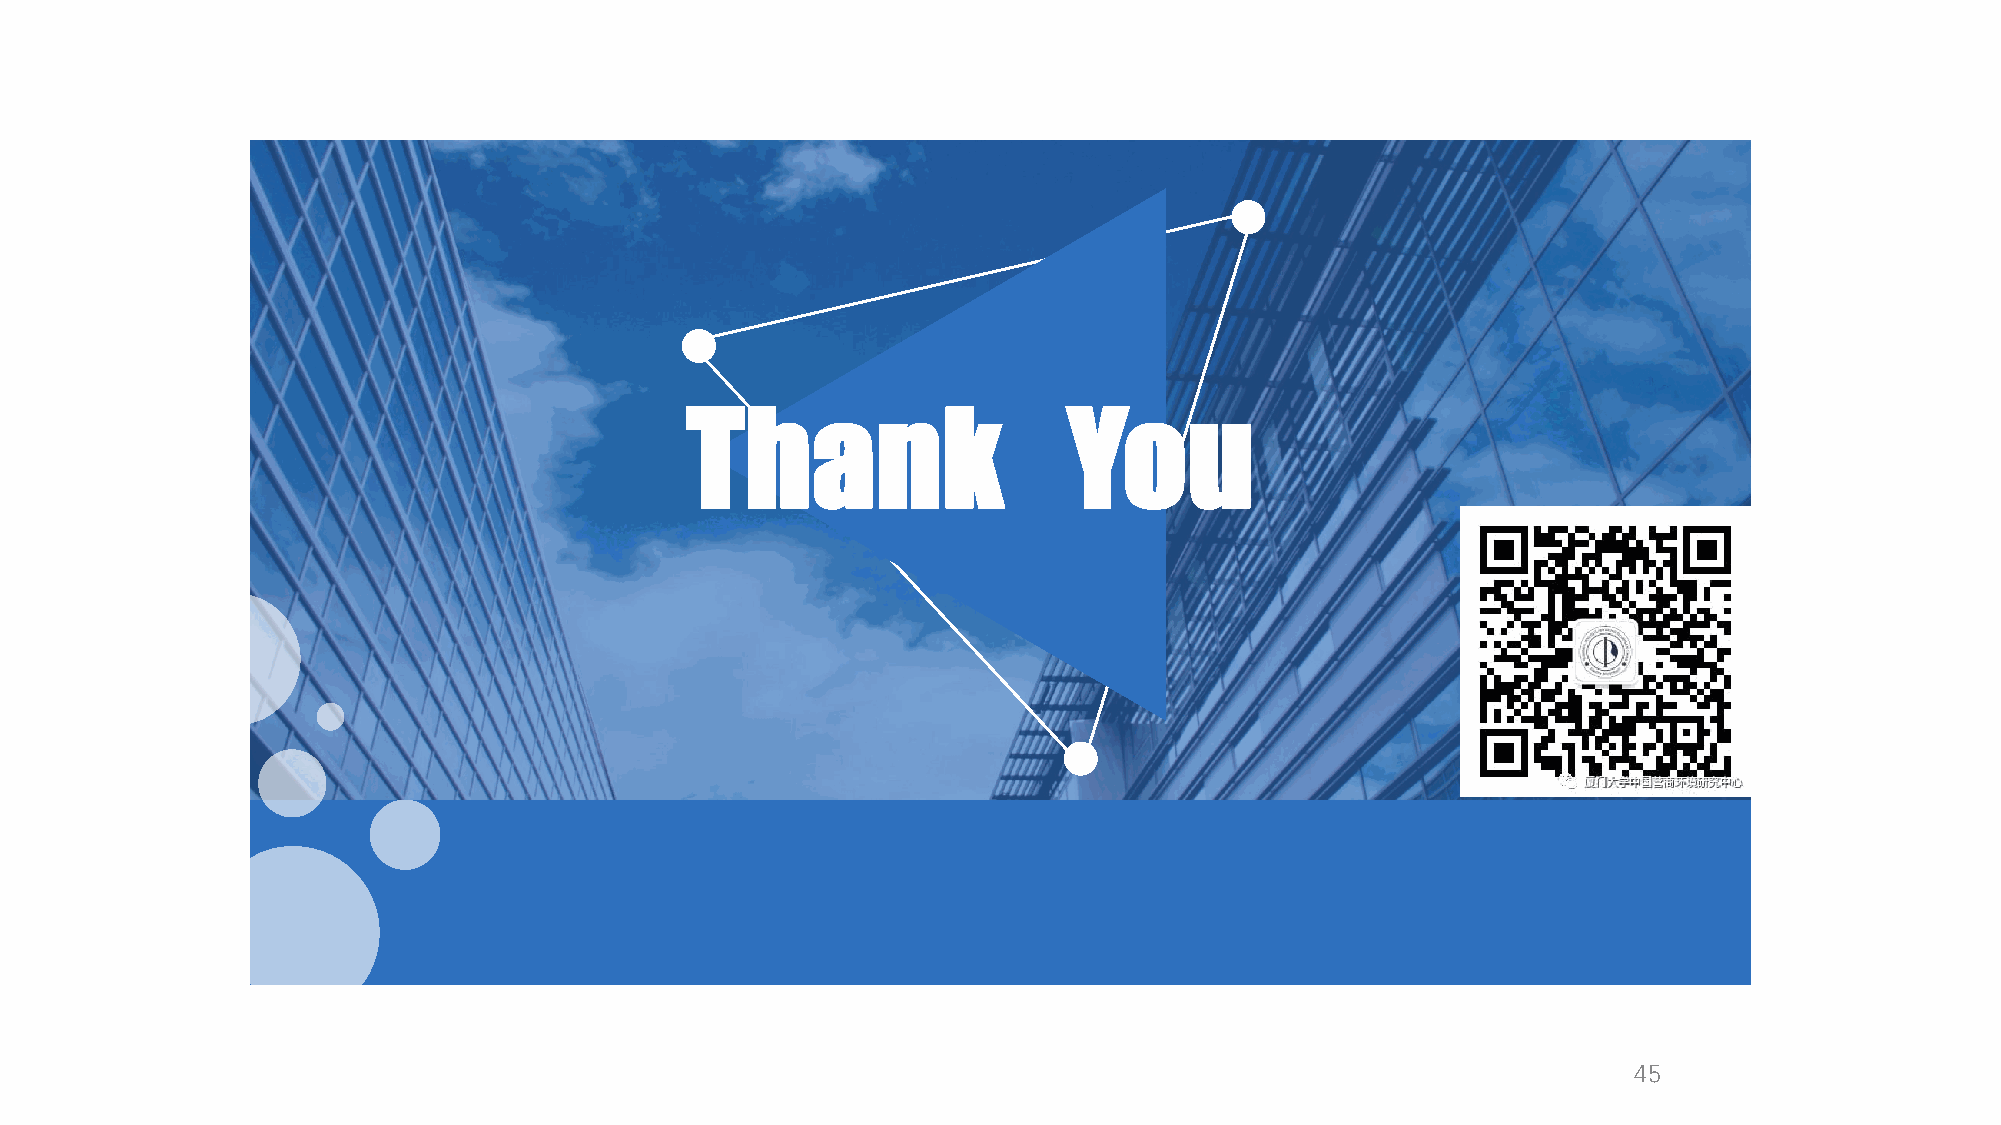
Thank                     You
 45